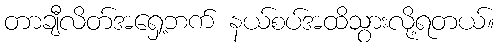
တာချီလိတ်အရှေ့ဘက် နယ်စပ်အထိသွားလို့ရတယ်။